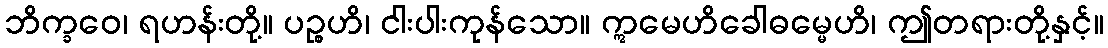
ဘိက္ခဝေ၊ ရဟန်းတို့။ ပဉ္စဟိ၊ ငါးပါးကုန်သော။ ဣမေဟိခေါဓမ္မေဟိ၊ ဤတရားတို့နှင့်။